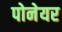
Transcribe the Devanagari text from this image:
पोनेयर